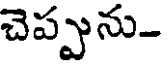
చెప్పును-